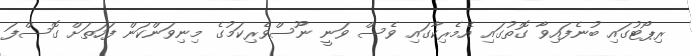
ރިޕޯޓުގައި ބުނެފައިވާ ގޮތުގައި އެމެރިކާގައި ވެސް ވަނީ ނޫސްވެރިކަމުގެ މިނިވަންކަން ފަހަތަށް ގޮސްފަ